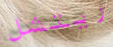
ريتشل